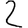
Digit: 2